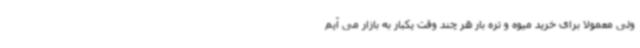
ولی معمولا برای خرید میوه و تره بار هر چند وقت یکبار به بازار می آیم